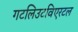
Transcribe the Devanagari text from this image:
गटलिउटविएरटल